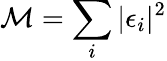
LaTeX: \mathcal{M}=\sum_{i}|\epsilon_{i}|^{2}